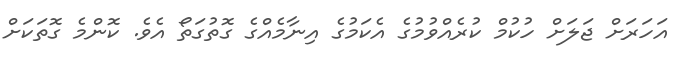
އަހަރަށް ޖަލަށް ހުކުމް ކުރެއްވުމުގެ އެކަމުގެ އިނާމެއްގެ ގޮތުގަތޯ އެވެ. ކޮންމެ ގޮތަކަށް